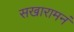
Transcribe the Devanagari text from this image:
सखारामनं